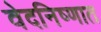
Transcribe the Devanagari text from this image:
वेदनिष्णात